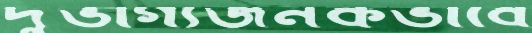
দুর্ভাগ্যজনকভাবে